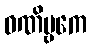
ဝဏိဗ္ဗကေ